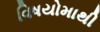
વિષયોમાથી